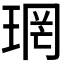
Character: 𪻫